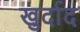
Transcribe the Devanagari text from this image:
खुर्दाद